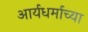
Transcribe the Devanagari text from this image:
आर्यधर्माच्या